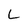
Character: L